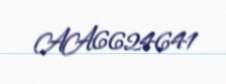
AA6624641